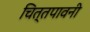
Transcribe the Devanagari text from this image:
चित्तपावनी